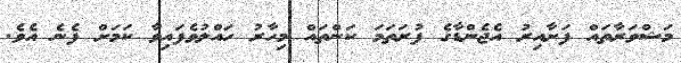
މަޝްވަރާތައް ފަށާއިރު އެޖެންޑާގެ ފުރަތަމަ ކަންތައް މިހާރު ހައްލުވެފައިވާ ކަމަށް ފެނެ އެވެ.